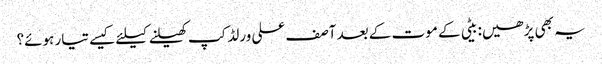
یہ بھی پڑھیں: بیٹی کے موت کے بعد آصف علی ورلڈکپ کھیلنے کیلئے کیسے تیار ہوئے؟